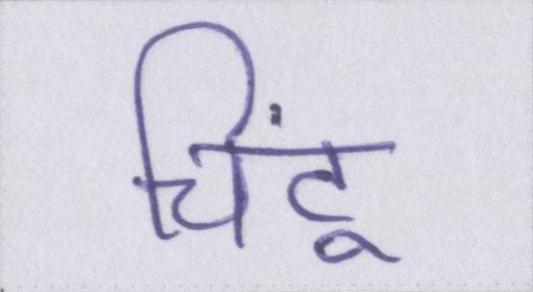
चिंटू